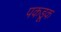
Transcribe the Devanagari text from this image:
पकडूक